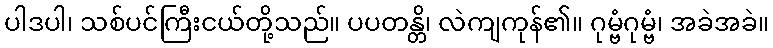
ပါဒပါ၊ သစ်ပင်ကြီးငယ်တို့သည်။ ပပတန္တိ၊ လဲကျကုန်၏။ ဂုမ္ဗံဂုမ္ဗံ၊ အခဲအခဲ။